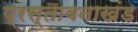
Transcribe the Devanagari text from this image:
प्रस्तावनाखंड